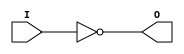

module not_gate(I,O);
	input I;
	output O;
	nand(O,I,I);
endmodule
module and_gate(I1,I2,O);
	input I1,I2;
	output O;
        wire W;
	nand(W,I1,I2);
        nand(O,W,W);
endmodule
module D_LATCH(D,C,Q,Qnot);
	output Q,Qnot ;
	input D,C ;
	wire S,R,S_C,R_C ;

	and_gate a1(D,D,S) ;
	not_gate n1(D,R) ;
	nand nan1(S_C,C,S) ;
	nand nan2(R_C,C,R) ;
	nand nan3(Q,Qnot,S_C) ;
	nand nan4(Qnot,Q,R_C) ;
endmodule
module D_FLIP_FLOP_NE(D,C,Q,Qnot);
	input D,C;
	output Q,Qnot;
	wire C_not,Q_not1,Q1;
	not_gate n1(C,C_not);
	D_LATCH D1(D,C,Q1,Q_not1);
	D_LATCH D2(Q1,C_not,Q,Qnot);
endmodule